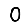
Digit: 0